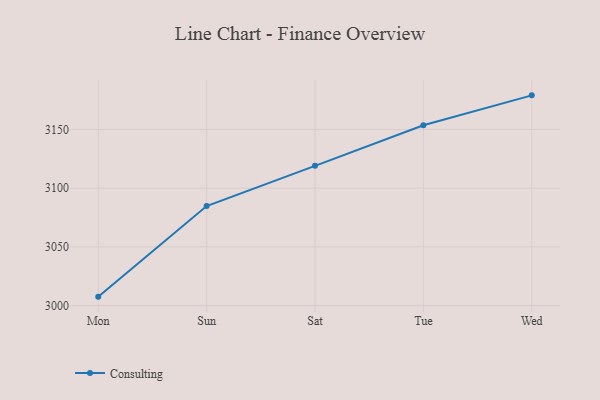
{"axis": {"x": "Day", "y": "Production Output"}, "legend": ["Consulting"], "data": [{"x": "Mon", "y": 3007.6, "type": "Consulting"}, {"x": "Sun", "y": 3084.7, "type": "Consulting"}, {"x": "Sat", "y": 3119.0, "type": "Consulting"}, {"x": "Tue", "y": 3153.5, "type": "Consulting"}, {"x": "Wed", "y": 3179.0, "type": "Consulting"}]}